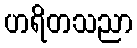
ဟရိတသညာ